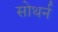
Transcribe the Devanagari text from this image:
सोथर्न